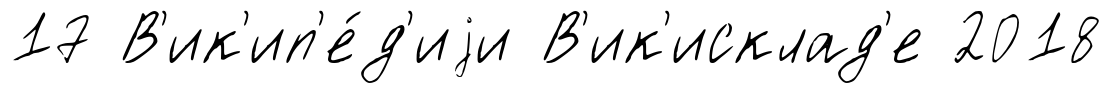
17 В'ик'ип'е́д'иjи В'ик'исклад'е 2018